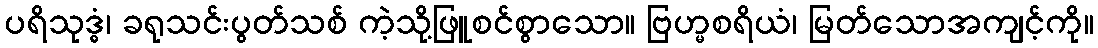
ပရိသုဒ္ဓံ၊ ခရုသင်းပွတ်သစ် ကဲ့သို့ဖြူစင်စွာသော။ ဗြဟ္မစရိယံ၊ မြတ်သောအကျင့်ကို။